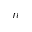
n